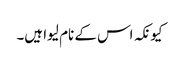
کیونکہ اس کے نام لیوا ہیں۔